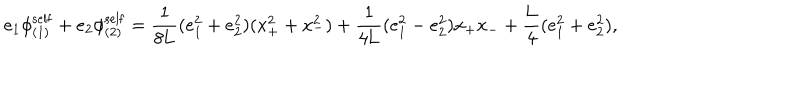
e _ { 1 } { \phi } _ { ( 1 ) } ^ { \mathrm { s e l f } } + e _ { 2 } { \phi } _ { ( 2 ) } ^ { \mathrm { s e l f } } = \frac { 1 } { 8 \mathrm { L } } ( e _ { 1 } ^ { 2 } + e _ { 2 } ^ { 2 } ) ( x _ { + } ^ { 2 } + x _ { - } ^ { 2 } ) + \frac { 1 } { 4 \mathrm { L } } ( e _ { 1 } ^ { 2 } - e _ { 2 } ^ { 2 } ) x _ { + } x _ { - } + \frac { \mathrm { L } } { 4 } ( e _ { 1 } ^ { 2 } + e _ { 2 } ^ { 2 } ) ,